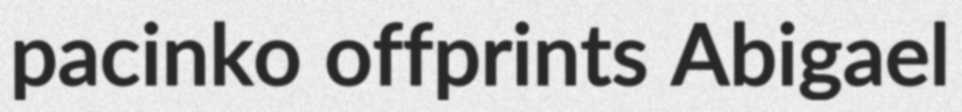
pacinko offprints Abigael